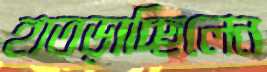
হাতড়াচ্ছিলেন